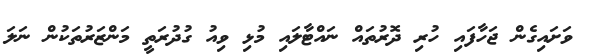
ވަށައިގެން ޖަހާފައި ހުރި ދޮރުތައް ނައްޓާލައި މުޅި ވިއު ގުދުރަތީ މަންޒަރުތަކުން ނަލަ